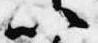
以